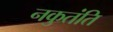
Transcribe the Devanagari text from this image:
नकुतंति